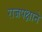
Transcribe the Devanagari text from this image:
राजपक्षाने